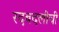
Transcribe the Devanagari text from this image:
रदबदलीची